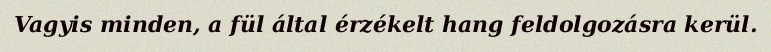
Vagyis minden, a fül által érzékelt hang feldolgozásra kerül.